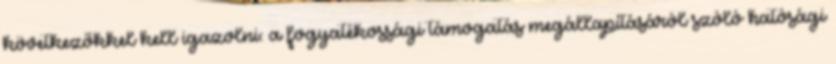
következőkkel kell igazolni: a fogyatékossági támogatás megállapításáról szóló hatósági